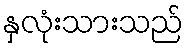
နှလုံးသားသည်